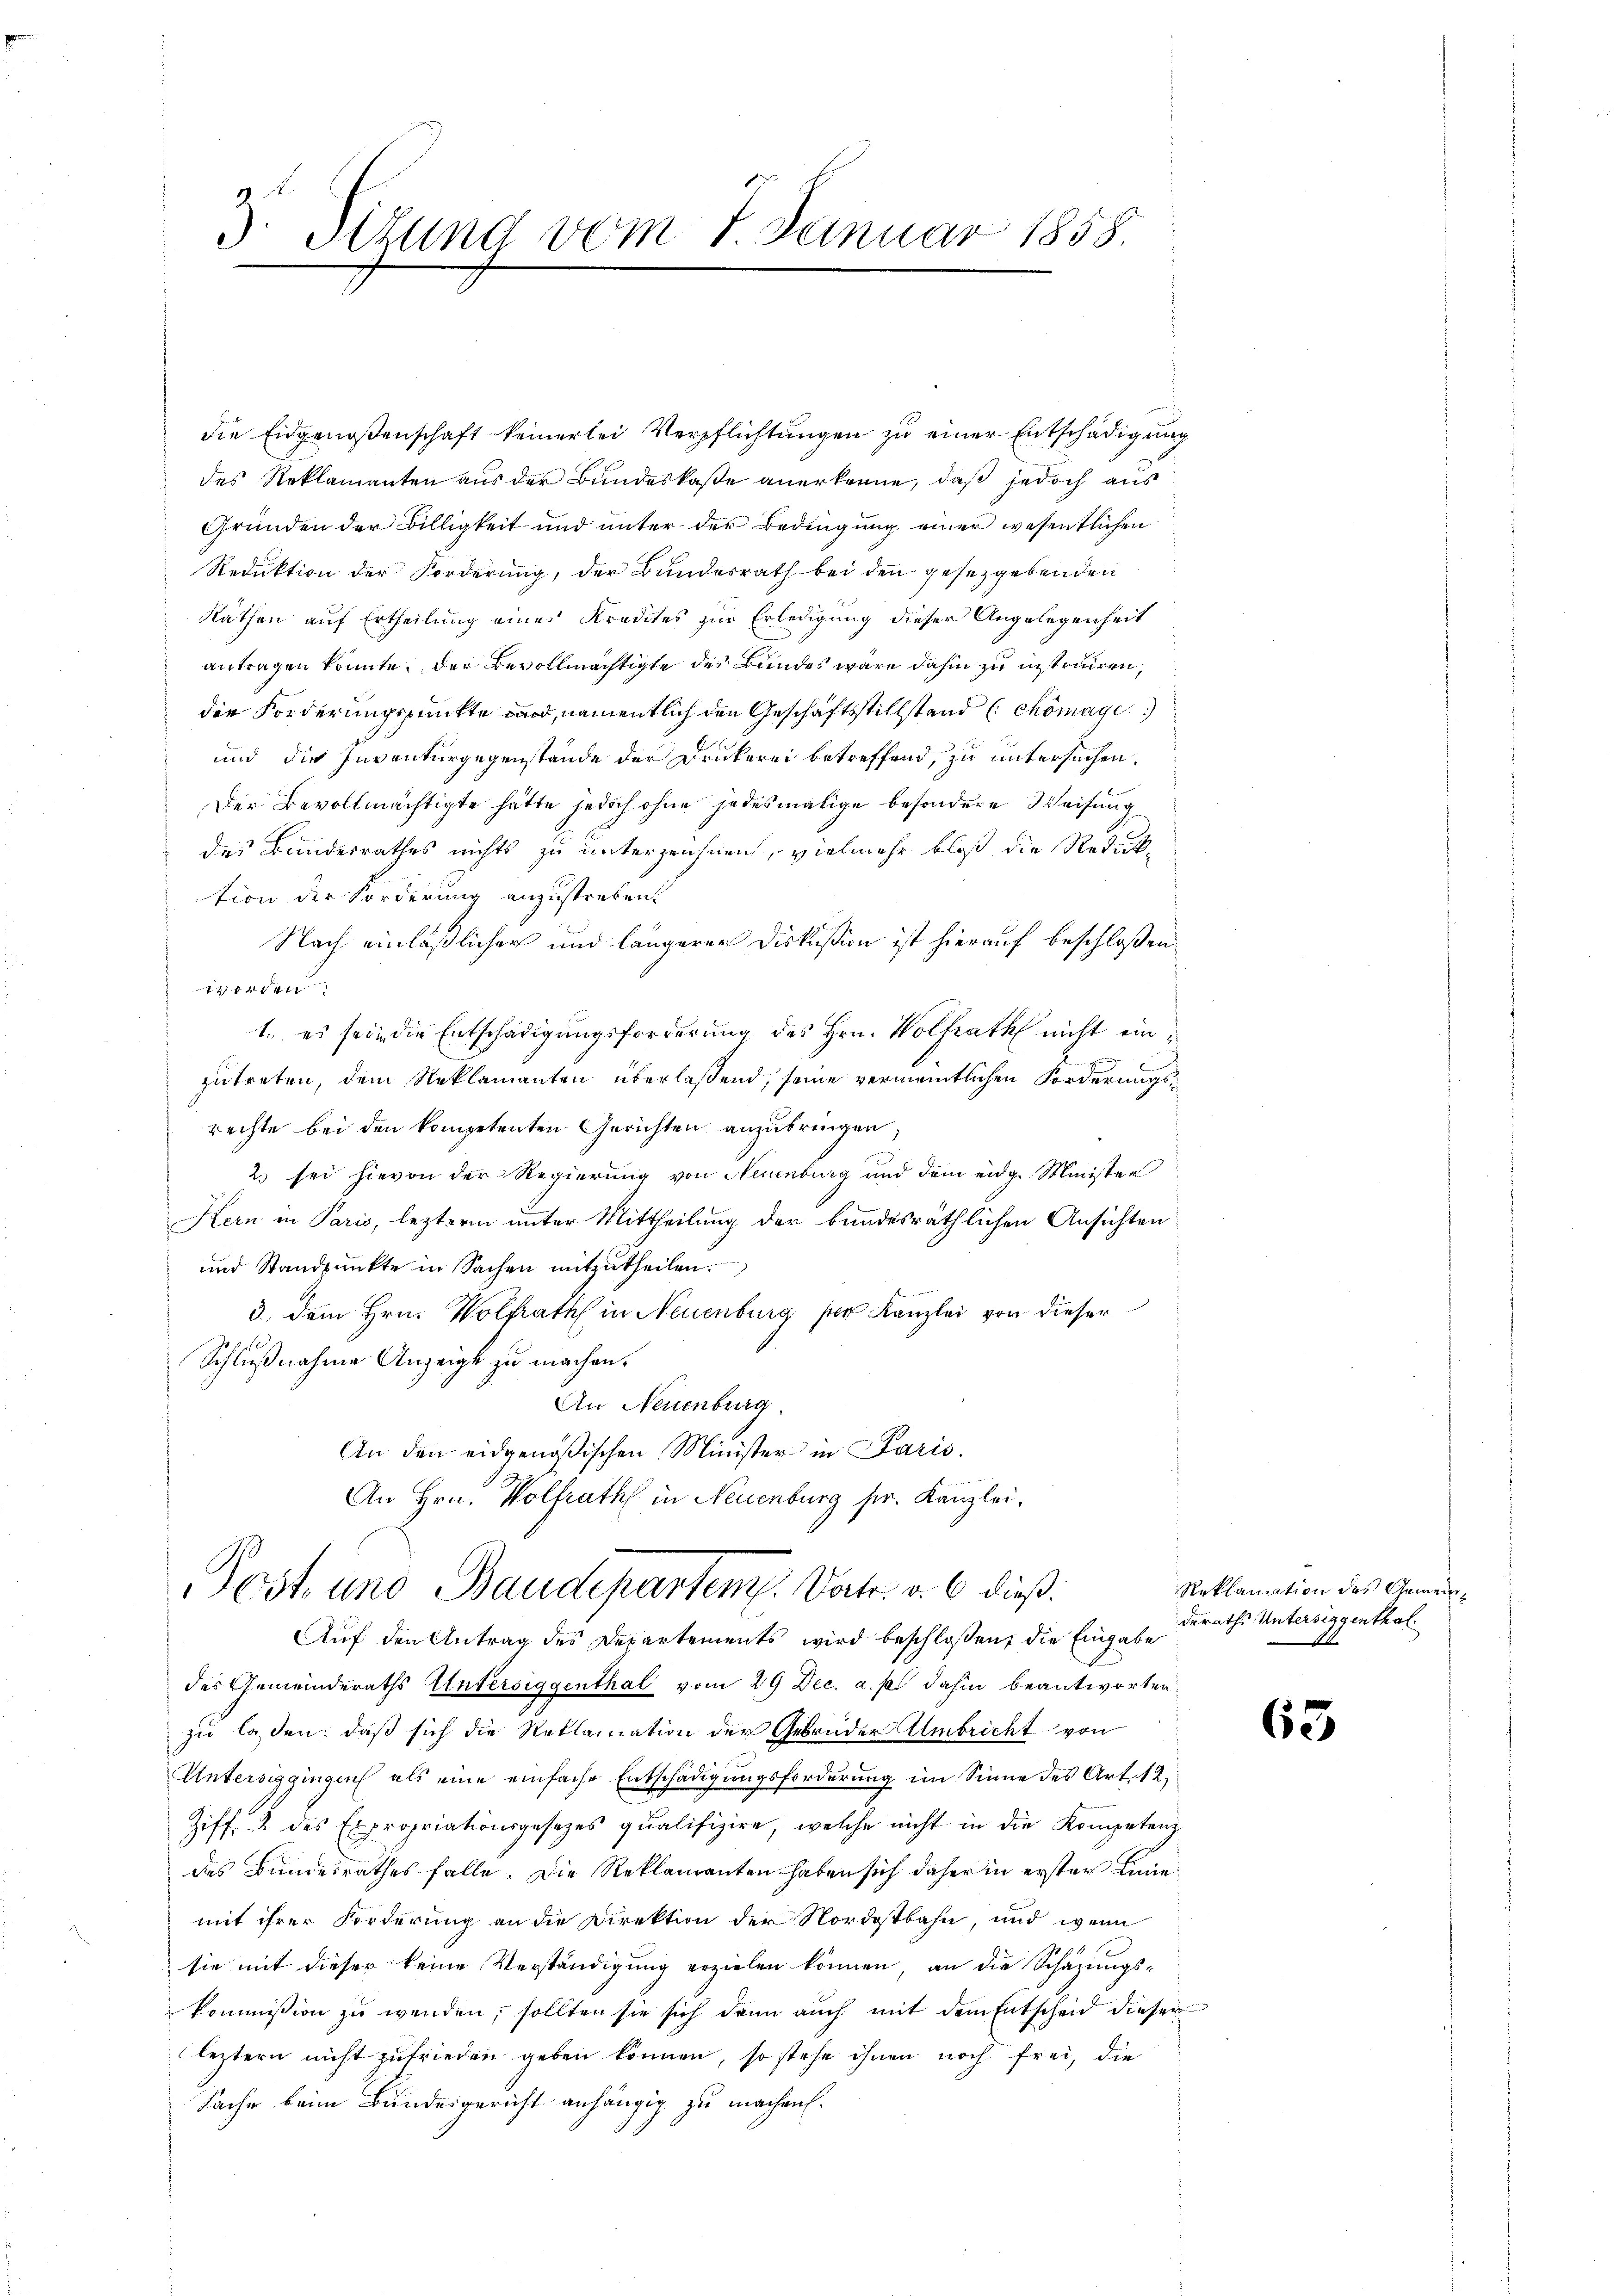
die Eidgenoßenschaft keinerlei Verpflichtungen zu einer Entschädigung
des Reklamanten aus der Bundeskaste anerkenne, daß jedoch aus
Gründen der Billigkeit und unter der Bedingung einer wesentlichen
Reduktion der Forderung, der Bundesrath bei den gesetzgebenden
Räthen auf Ertheilung eines Kredites zur Erledigung dieser Angelegenheit
antragen konnte. Der Bevollmächtigte des Bundes wäre dahin zu instruiren,
die Forderungspunkte wird, namentlich den Geschäftsstillstand (chömage
und die Inventurgegenstände der Druckerei betreffend, zu untersuchen.
Der Bevollmächtigte hätte jedoch ohne jedesmalige besondere Weisung
des Bandesrathes nichts zu unterzeichnen, vielmehr bloß die Reduk
tion der Forderung anzustreben.
Nach einläßlicher und längerer Diskußion ist hierauf beschloßen
12144
1. es sein die Entschädigungsforderung des Hrn. Wolfrath nicht einzutreten, dem Reklamanten überlassend, seine vermeintlichen Forderungsrechte bei den kompetenten Gerichten anzubringen
2) sei hievon der Regierung von Neuenburg und dem eidg. Minister
Kern in Paris, leztere unter Mittheilung der bundesräthlichen Ansichten
und Standpŭnkte in Sachen mitzŭtheilen.
3. Dem Hrn. Wolfrath in Neuenburg per Kanzlei von dieser
Schlußnahme Anzeige zu machen.
An Neuenburg.
An den eidgenößischen Minister in Paris.
An Hrn. Vollrath in Neuenburg pr. Kanzlei,

3. Stund vom 1 Januar 1858
.

Post und Baudepartem Vater. v. 6. dieß¬

Auf den Antrag des Departements wird beschlossen, die Eingabe
des Gemeinderaths Untersiggenthal vom 29 Dec. a. p. dahin beantworten,
zu lassen: daß sich die Reklamation der Gebrüder Umbricht von
Untersiggingen als eine einfache Entschädigungsforderung im Sinne des Art. 12,
Ziff. 2 des Expropriationsgesezes qualifizire, welche nicht in die Kompetenz
des Bundesrathes falle. Die Reklamanten haben sich daher in erster Linie
mit ihrer Forderung an die Direktion der Nordostbahn, und wenn
sie mit dieser keine Verständigung erzielen können, an die Schazungs-
kommission zu wenden, sollten sie sich dann auch mit dem Entscheid dieser
leztern nicht zufrieden geben können, so stehe ihnen noch frei, die
Sache beim Bundesgericht anhängig zu machen.

Reklamation des Gemeinderaths Untersiggenthal

63